Scottish Leaving Certificate Examination, 1960
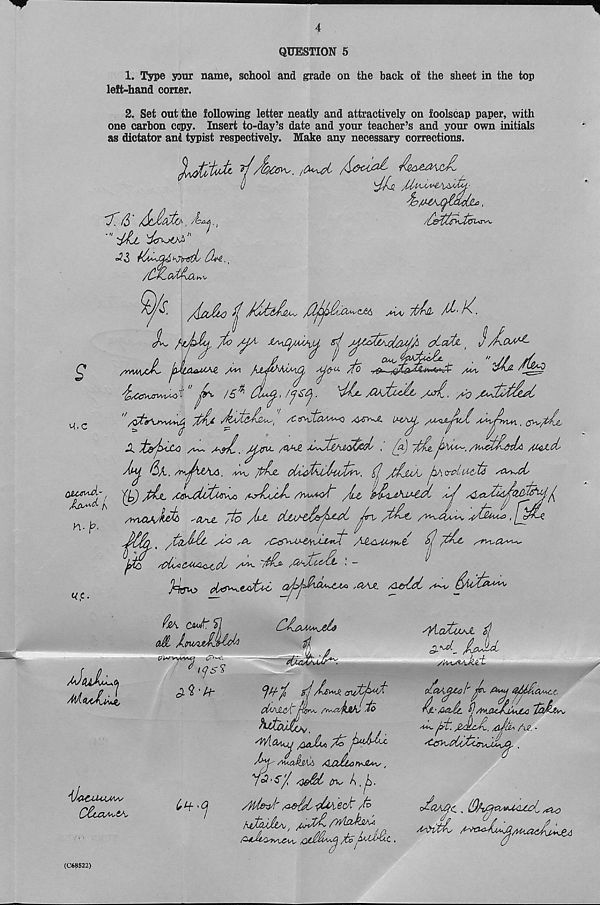
QUESTION 5
1. Type your name, school and grade on the back of the sheet in the top
left-hand comer.
2. Set out the following letter neatly and attractively on foolscap paper, with
one carbon copy. Insert to-day’s date and your teacher’s and your own initials
as dictator and typist respectively. Make any necessary corrections.
/lUv.
A&auJL
'7'. &
<=?3
'
/(ULcUTa^
S’
K.C
Tthl /7-K.
,
/07K. /O
n- jb.
«c.
I
/ww^cJL
^Spvwrvvvui't
/£ ^
, JVu
X
. (a) ~/t^.
/factfl-frch .
yby. &h.
7^ve
{! yt/juAy jyxwLisuTti so/^cL
AYU14/Iwk> 'CUvL jto
CiMy^L^L ^ /t^c
jJjUu^ , fj?
^
ytA 'A' yCA$Ajj-eMA-lyiCt /d^UMwt-
717^
yC^At^UAiQAcly
TTa ^Qyj7eydL \ -
Uo.s
tx.J'AA aj>j7hj7~lA* ,GAJL /1&17 yt~^
/JsuTm^Oi
^ aJ'Zl
cTL 7wsMylJ1^7' <>
(7W~vyiSSUl CT'^cL
'il&ClULAAyy
^i-f- ‘(j
^ gj /kfcxJi. auTyT'T'
d/AJLC'i'' nlrv* /y^ayjWv
McUu^ A ejLi 77
Au.ay^ji,Ci, AJlTlonAU^,
y c? • s7 /defat
A, .
AU&7'
■v&Vieck’ A
/JjuAa,,
:i
/OtJcTy^-O^
IaJATaX. ,
A^qTmjJL
=3-^ /UTA-
AuAiA.ktt-
o7a/:j-
QMCt
7^'%
'dpTT'T't
r\l-A&£t &]MjCUAJAijLC
'Ka, jgt. jZalcJl,
'^AT^cAA^O'yJyyA^-
Ae. ■
, IQhjC^U&loi
/s&vtA
(C68522)